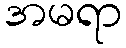
အမရာ